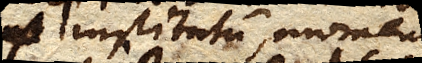
institutum momenti